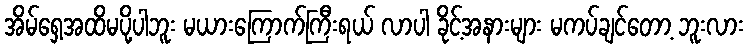
အိမ်ရှေ့အထိမပို့ပါဘူး မယားကြောက်ကြီးရယ် လာပါ ခိုင့်အနားများ မကပ်ချင်တော့ ဘူးလား